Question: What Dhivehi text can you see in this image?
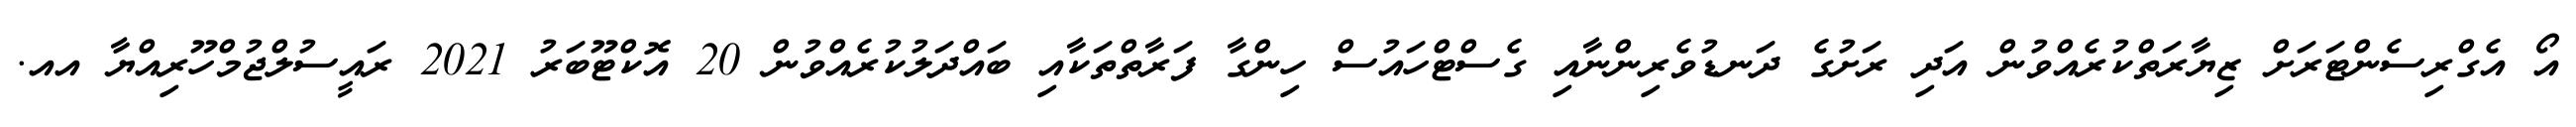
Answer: އޯ އެގްރިސެންޓަރަށް ޒިޔާރަތްކުރެއްވުން އަދި ރަށުގެ ދަނޑުވެރިންނާއި ގެސްޓްހައުސް ހިންގާ ފަރާތްތަކާއި ބައްދަލުކުރެއްވުން 20 އޮކްޓޫބަރު 2021 ރައީސުލްޖުމްހޫރިއްޔާ އއ.